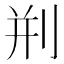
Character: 𠛼